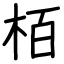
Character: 栢